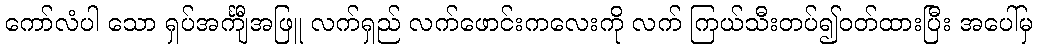
ကော်လံပါ သော ရှပ်အင်္ကျီအဖြူ လက်ရှည် လက်ဖောင်းကလေးကို လက် ကြယ်သီးတပ်၍ဝတ်ထားပြီး အပေါ်မှ